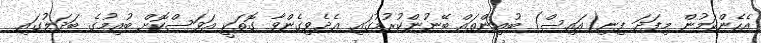
އެހެންކަމުން މިފަދަ ފިނި(އައިސް) ބުއިންތައް ބޭނުންކުރުމުގައި އެދެވިގެންވާ ގޮތަކީ އަވަސްކޮށް ބުއިމުގެ ބަދަލުގައި